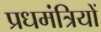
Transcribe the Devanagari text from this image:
प्रधमंत्रियों